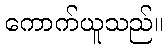
ကောက်ယူသည်။